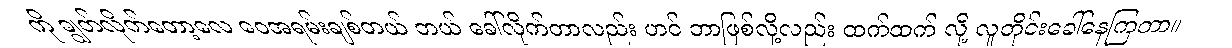
ကို ချွတ်လိုက်တော့လေ ဝေအရမ်းချစ်တယ် ဘယ် ခေါ်လိုက်တာလည်း ဟင် ဘာဖြစ်လို့လည်း ထက်ထက် လို့ လူတိုင်းခေါ်နေကြတာ။